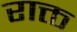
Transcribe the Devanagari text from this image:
राक्त